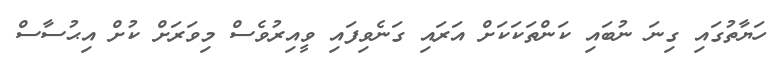
ހަޔާތުގައި ގިނަ ނުބައި ކަންތަކަކަށް އަރައި ގަނެވިފައި ވީއިރުވެސް މިވަރަށް ކުށް އިޙުސާސް